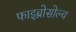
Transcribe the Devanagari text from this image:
फाइब्रोसोल्व